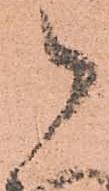
御